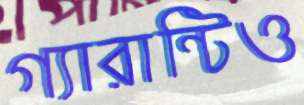
গ্যারান্টিও